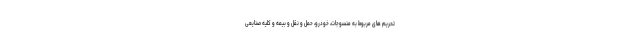
تحریم های مربوط به منسوجات، خودرو، حمل و نقل و بیمه و کلیه صنایعی